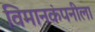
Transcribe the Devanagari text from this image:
विमानकंपनीला